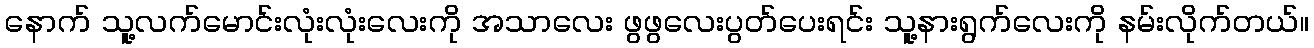
နောက် သူ့လက်မောင်းလုံးလုံးလေးကို အသာလေး ဖွဖွလေးပွတ်ပေးရင်း သူ့နားရွက်လေးကို နမ်းလိုက်တယ်။